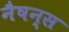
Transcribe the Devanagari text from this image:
नैषन्स